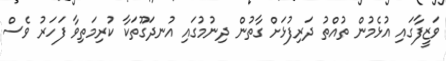
ވަޒީފާގައި އުޅެމުން ތުއްތު ދަރިފުޅަށް ގާތުން ދިނުމުގައި އުނދަގޫތަކާ ކުރިމަތިވާ ފަހަރު ވެސް